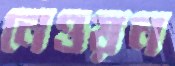
নেওয়ন